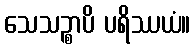
သေသဉ္စာပိ ပရိဿယံ။